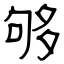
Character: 够